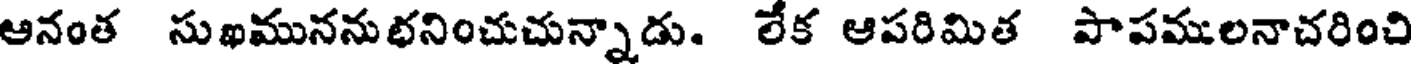
ఆనంత సుఖముననుభనించుచున్నాడు. లేక ఆపరిమిత పాపములనాచరించి